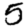
Digit: 5